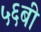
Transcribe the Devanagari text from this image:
५६बी